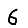
Digit: 6